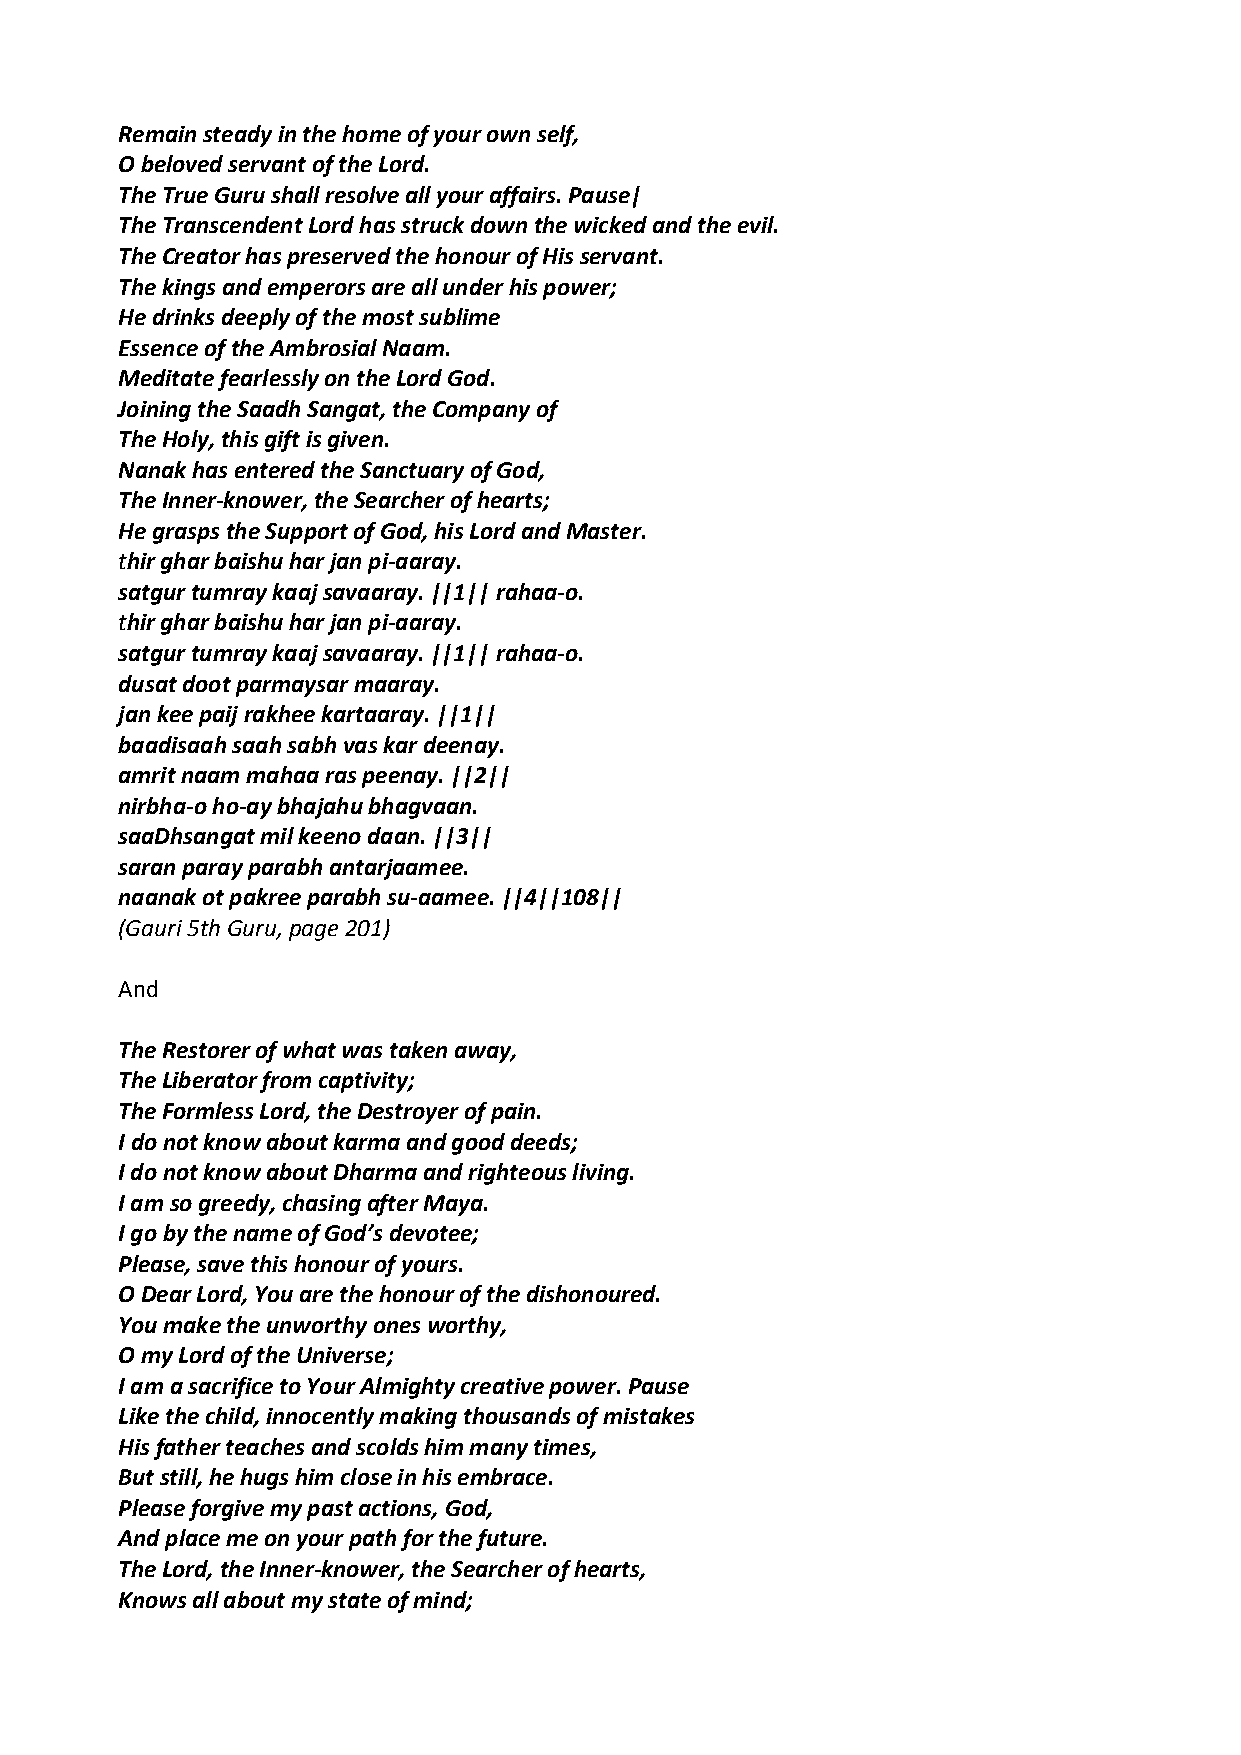
Remain steady in the home of your own self,
 O beloved servant of the Lord.
 The True Guru shall resolve all your affairs. Pause|
 The Transcendent Lord has struck down the wicked and the evil.
 The Creator has preserved the honour of His servant.
 The kings and emperors are all under his power;
 He drinks deeply of the most sublime
 Essence of the Ambrosial Naam.
 Meditate fearlessly on the Lord God.
 Joining the Saadh Sangat, the Company of
 The Holy, this gift is given.
 Nanak has entered the Sanctuary of God,
 The Inner‐knower, the Searcher of hearts;
 He grasps the Support of God, his Lord and Master.
 thir ghar baishu har jan pi‐aaray.
 satgur tumray kaaj savaaray. ||1|| rahaa‐o.
 thir ghar baishu har jan pi‐aaray.
 satgur tumray kaaj savaaray. ||1|| rahaa‐o.
 dusat doot parmaysar maaray.
 jan kee paij rakhee kartaaray. ||1||
 baadisaah saah sabh vas kar deenay.
 amrit naam mahaa ras peenay. ||2||
 nirbha‐o ho‐ay bhajahu bhagvaan.
 saaDhsangat mil keeno daan. ||3||
 saran paray parabh antarjaamee.
 naanak ot pakree parabh su‐aamee. ||4||108||
 (Gauri 5th Guru, page 201)
 And
 The Restorer of what was taken away,
 The Liberator from captivity;
 The Formless Lord, the Destroyer of pain.
 I do not know about karma and good deeds;
 I do not know about Dharma and righteous living.
 I am so greedy, chasing after Maya.
 I go by the name of God’s devotee;
 Please, save this honour of yours.
 O Dear Lord, You are the honour of the dishonoured.
 You make the unworthy ones worthy,
 O my Lord of the Universe;
 I am a sacrifice to Your Almighty creative power. Pause
 Like the child, innocently making thousands of mistakes
 His father teaches and scolds him many times,
 But still, he hugs him close in his embrace.
 Please forgive my past actions, God,
 And place me on your path for the future.
 The Lord, the Inner‐knower, the Searcher of hearts,
 Knows all about my state of mind;